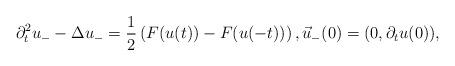
LaTeX: \begin{align*} \partial_t^2u_--\Delta u_-=\frac{1}{2}\left(F(u(t))-F(u(-t))\right),\vec{u}_-(0)=(0,\partial_tu(0)),\end{align*}